Annual administration report of the Civil Veterinary Department, Ajmere-Merwara, British Rajputana - 1914-1940
Year: 1914
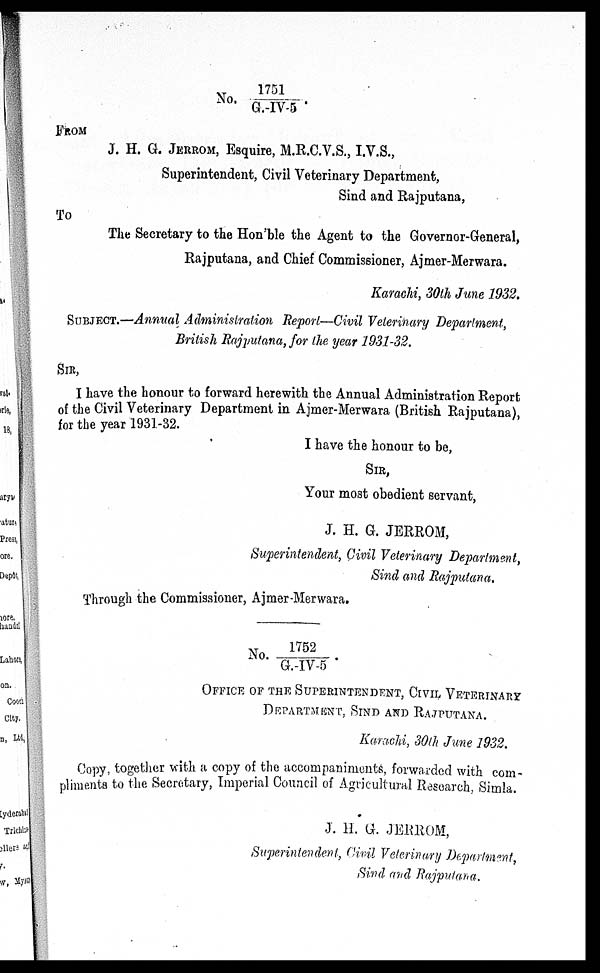
No. 1751/G.-IV-5.
FROM
J. H. G. JERROM, Esquire, M.R.C.V.S., I.V.S.,
Superintendent, Civil Veterinary Department,
Sind and Rajputana,
To
The Secretary to the Hon'ble the Agent to the Governor-General,
Rajputana, and Chief Commissioner, Ajmer-Merwara.
Karachi, 30th June 1932.
SUBJECT.—Annual Administration Report—Civil Veterinary Department,
British Rajputana, for the year 1931-32.
SIR,
I have the honour to forward herewith the Annual Administration Report
of the Civil Veterinary Department in Ajmer-Merwara (British Rajputana),
for the year 1931-32.
I have the honour to be,
SIR,
Your most obedient servant,
J. H. G. JERROM,
Superintendent, Civil Veterinary Department,
Sind and Rajputana.
Through the Commissioner, Ajmer-Merwara.
No.1752/G.-IV-5.
OFFICE OF THE SUPRITENDENT, CIVIL VETERINARY
DEPARTMENT, SIND AND RAJPUTANA.
Karachi, 30th June 1932.
Copy, together with a copy of the accompaniments, forwarded with com-
pliments to the Secretary, Imperial Council of Agricultural Research, Simla.
J. H. G. JERROM,
Superintendent, Civil Veterinary Department,
Sind and Rajputana.